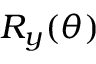
R _ { y } ( \theta )